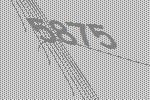
5875